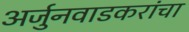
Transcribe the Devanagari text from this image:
अर्जुनवाडकरांचा